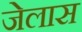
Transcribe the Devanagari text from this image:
जेलास